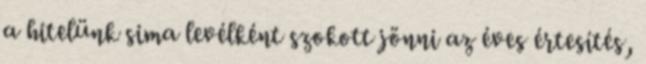
a hitelünk sima levélként szokott jönni az éves értesítés,